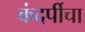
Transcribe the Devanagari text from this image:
कंदर्पीचा